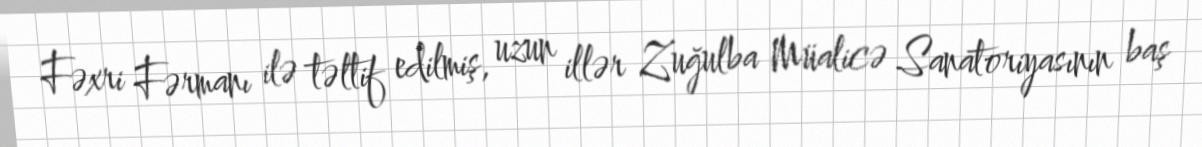
Fəxri Fərmanı ilə təltif edilmiş, uzun illər Zuğulba Müalicə Sanatoriyasının baş